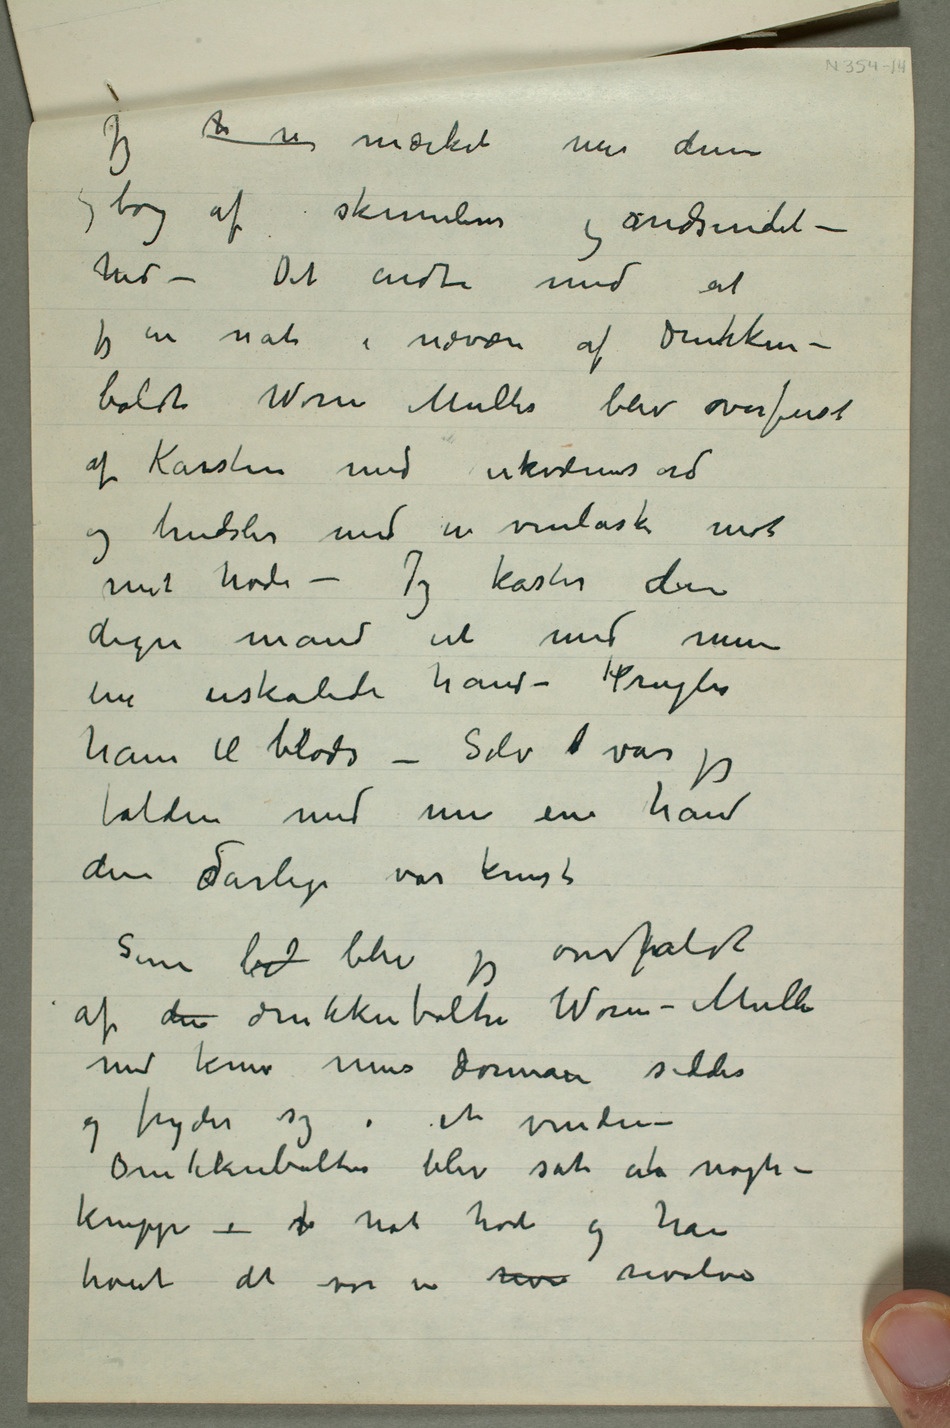
Jeg ha n mærket mer denne
hed – Det endte med at
bolten Worm Müller blev overfaldt
af Karsten med ukvæmsord
og trudsler med en vinflaske mot
mit hode – Jeg kaster den
digre mand ut med min
ene uskadede hånd – Prygler
ham til blods – Selv  var jeg
falden med min ene hånd
den sdårlige var knust
Senere bel blev jeg overfaldt
af den drukkenbolten Worm-Müller
med kniv mens damen sidder
og fryder sig i et vindu –
knippe – f mot hode og han
troet det var en re revolver